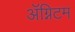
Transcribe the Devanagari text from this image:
ॲग्निटम